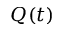
Q ( t )